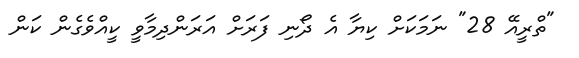
"ތްރީއޭ 28" ނަމަކަށް ކިޔާ އެ ދޯނި ފަރަށް އަރަންދިމާވީ ކީއްވެގެން ކަން